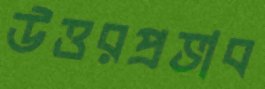
উত্তরপ্রভাব